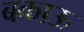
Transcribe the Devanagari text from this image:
बकाऊ